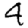
Digit: 4